Lunatic asylums Central Provinces reports 1910-1926 - 1910-1926
Year: 1910
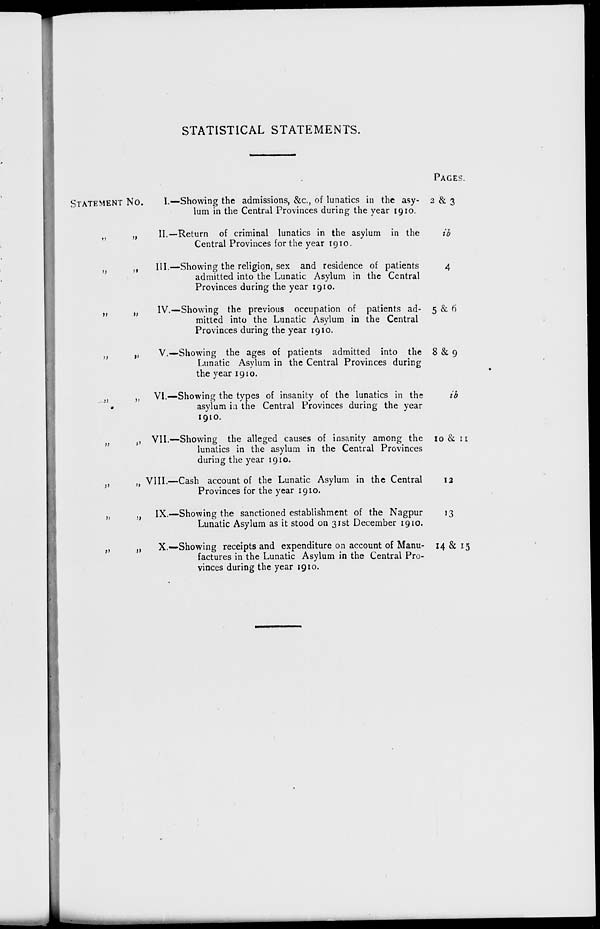
STATISTICAL STATEMENTS.
STATEMENT NO.
„
„
„ „
„ „
„ „
„ „
„ „
„ „
„ „
„ „
I.—Showing the admissions, &c, of lunatics in the asy-
lum in the Central Provinces during the year 1910.
II.—Return of criminal lunatics in the asylum in the
Central Provinces for the year 1910.
III.—Showing the religion, sex and residence of patients
admitted into the Lunatic Asylum in the Central
Provinces during the year 1910.
IV.—Showing the previous occupation of patients ad-
mitted into the Lunatic Asylum in the Central
Provinces during the year 1910.
V.—Showing the ages of patients admitted into the
Lunatic Asylum in the Central Provinces during
the year 1910.
VI.—Showing the types of insanity of the lunatics in the
asylum in the Central Provinces during the year
1910.
VII.—Showing the alleged causes of insanity among the
lunatics in the asylum in the Central Provinces
during the year 1910.
VIII.—Cash account of the Lunatic Asylum in the Central
Provinces for the year 1910.
IX.—Showing the sanctioned establishment of the Nagpur
Lunatic Asylum as it stood on 31st December 1910.
X.—Showing receipts and expenditure on account of Manu-
factures in the Lunatic Asylum in the Central Pro-
vinces during the year 1910.
PAGES.
2 & 3
ib
4
5&6
8 & 9
ib
10 & 11
12
13
14 & 15